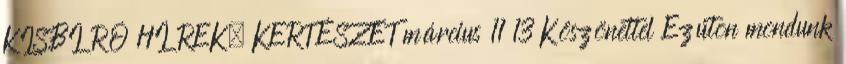
KISBÍRÓ HÍREK, KERTÉSZET március 11 13 Köszönettel Ezúton mondunk